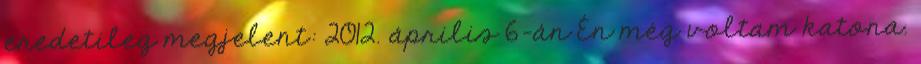
eredetileg megjelent: 2012. április 6-án Én még voltam katona.